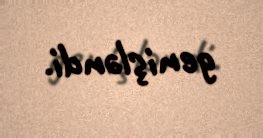
genişləndi.